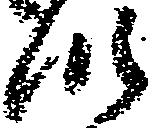
つ